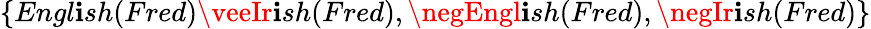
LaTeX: \{ Engl\mathbf{i}sh(Fred)\veeIr\mathbf{i}sh(Fred),\negEngl\mathbf{i}sh(Fred),\negIr\mathbf{i}sh(Fred)\}